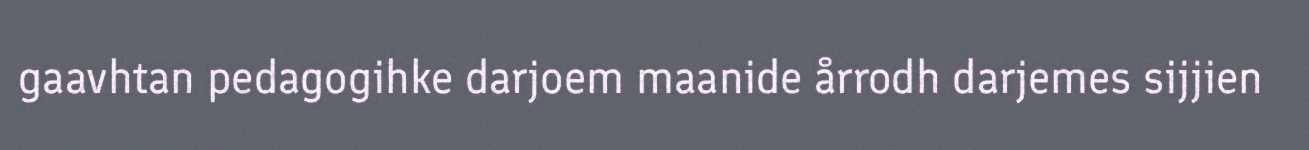
gaavhtan pedagogihke darjoem maanide årrodh darjemes sijjien